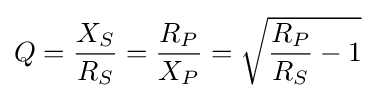
Q={\frac {X_{S}}{R_{S}}}={\frac {R_{P}}{X_{P}}}={\sqrt {{\frac {R_{P}}{R_{S}}}-1}}